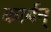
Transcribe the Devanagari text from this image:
कार्बन्